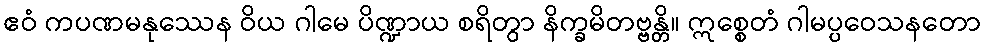
ဧဝံ ကပဏမနုဿေန ဝိယ ဂါမေ ပိဏ္ဍာယ စရိတွာ နိက္ခမိတဗ္ဗန္တိ။ ဣစ္စေတံ ဂါမပ္ပဝေသနတော